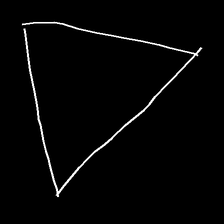
Glyph: convergence